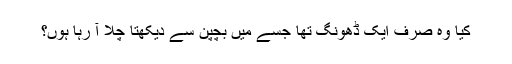
کیا وہ صرف ایک ڈھونگ تھا جسے میں بچپن سے دیکھتا چلا آ رہا ہوں؟